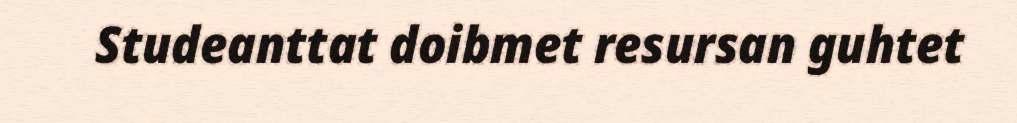
Studeanttat doibmet resursan guhtet